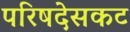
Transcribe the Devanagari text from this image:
परिषदेसकट